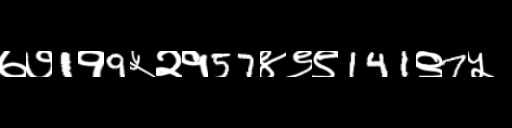
Text: ७७1१9५२१57४९९141९7५